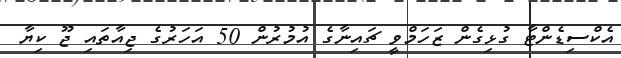
އެކްސިޑެންޓާ ގުޅިގެން ޒަހަމްވީ ޗައިނާގެ އުމުރުން 50 އަހަރުގެ ޖިއާތައި ޖޫ ކިޔާ